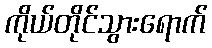
ကိုယ်တိုင်သွားရောက်